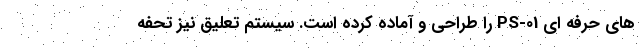
های حرفه ای PS-01 را طراحی و آماده کرده است. سیستم تعلیق نیز تحفه